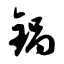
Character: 锅